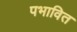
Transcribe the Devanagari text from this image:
पभावित